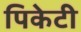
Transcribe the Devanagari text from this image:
पिकेटी